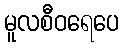
မူလစီဝရေပေ